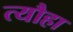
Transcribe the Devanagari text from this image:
त्यौहा